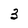
Character: 3